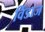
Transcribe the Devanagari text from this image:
विंडाज